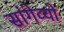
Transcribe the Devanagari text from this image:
सांगेव्यो